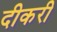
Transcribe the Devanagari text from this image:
दीकरी